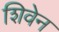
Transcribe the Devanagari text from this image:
शिवेन